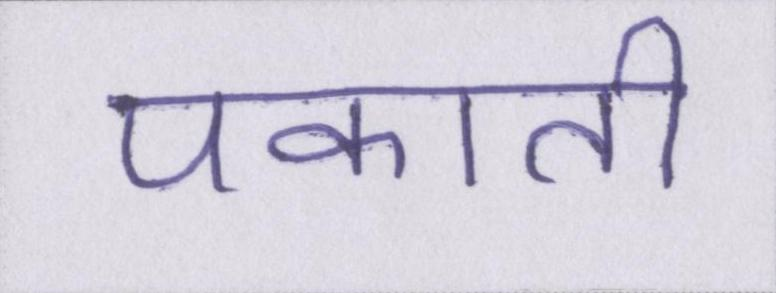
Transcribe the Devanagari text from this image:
पकाती